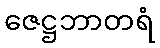
ဇေဋ္ဌဘာတရံ